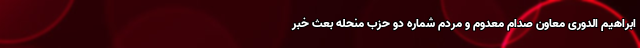
ابراهیم الدوری معاون صدام معدوم و مردم شماره دو حزب منحله بعث خبر